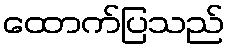
ထောက်ပြသည်